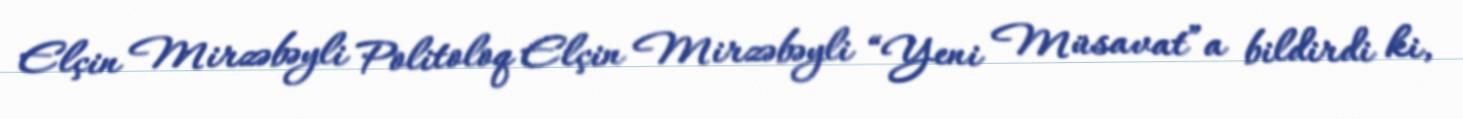
Elçin Mirzəbəyli Politoloq Elçin Mirzəbəyli “Yeni Müsavat”a bildirdi ki,